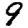
Digit: 9